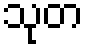
သုတ